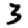
Digit: 3